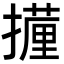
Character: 𭢧